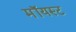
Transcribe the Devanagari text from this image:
मॉयस्ट